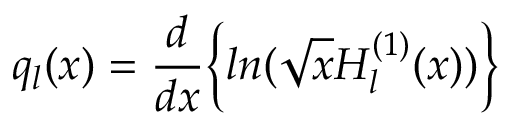
q _ { l } ( x ) = \frac { d } { d x } \Bigl \{ l n ( \sqrt { x } H _ { l } ^ { ( 1 ) } ( x ) ) \Bigl \}